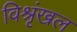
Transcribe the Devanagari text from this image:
विश्रृंखल